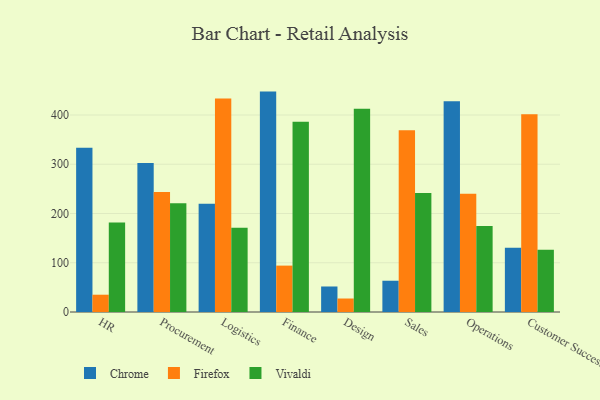
{"axis": {"x": "Department", "y": "Churn Rate (%)"}, "legend": ["Chrome", "Firefox", "Vivaldi"], "data": [{"x": "HR", "y": 333.4, "type": "Chrome"}, {"x": "HR", "y": 35.1, "type": "Firefox"}, {"x": "HR", "y": 181.9, "type": "Vivaldi"}, {"x": "Procurement", "y": 302.7, "type": "Chrome"}, {"x": "Procurement", "y": 243.8, "type": "Firefox"}, {"x": "Procurement", "y": 220.9, "type": "Vivaldi"}, {"x": "Logistics", "y": 219.7, "type": "Chrome"}, {"x": "Logistics", "y": 433.5, "type": "Firefox"}, {"x": "Logistics", "y": 170.9, "type": "Vivaldi"}, {"x": "Finance", "y": 447.5, "type": "Chrome"}, {"x": "Finance", "y": 94.2, "type": "Firefox"}, {"x": "Finance", "y": 386.3, "type": "Vivaldi"}, {"x": "Design", "y": 51.8, "type": "Chrome"}, {"x": "Design", "y": 27.4, "type": "Firefox"}, {"x": "Design", "y": 412.7, "type": "Vivaldi"}, {"x": "Sales", "y": 63.5, "type": "Chrome"}, {"x": "Sales", "y": 369.0, "type": "Firefox"}, {"x": "Sales", "y": 241.5, "type": "Vivaldi"}, {"x": "Operations", "y": 428.0, "type": "Chrome"}, {"x": "Operations", "y": 239.9, "type": "Firefox"}, {"x": "Operations", "y": 174.5, "type": "Vivaldi"}, {"x": "Customer Success", "y": 130.5, "type": "Chrome"}, {"x": "Customer Success", "y": 401.7, "type": "Firefox"}, {"x": "Customer Success", "y": 126.6, "type": "Vivaldi"}]}